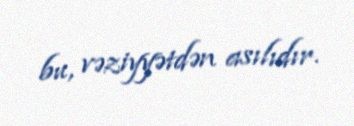
bu, vəziyyətdən asılıdır.